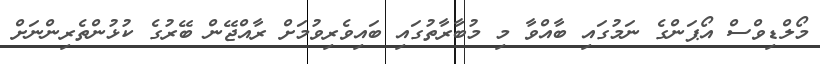
މޯލްޑިވްސް އޯޕަންގެ ނަމުގައި ބާއްވާ މި މުބާރާތުގައި ބައިވެރިވުމަށް ރާއްޖޭން ބޭރުގެ ކުޅުންތެރިންނަށް